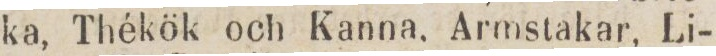
ka, Thékök och Kanna. Armstakar, Li-